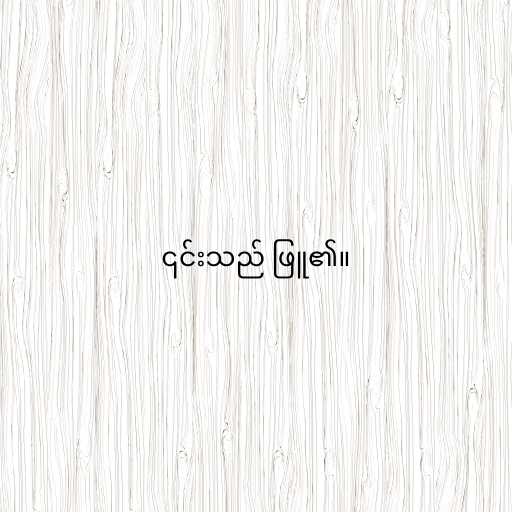
၎င်းသည် ဖြူ၏။